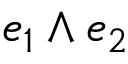
e _ { 1 } \wedge e _ { 2 }